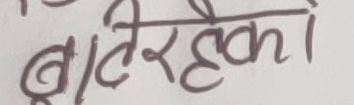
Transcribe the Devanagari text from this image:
बाटेररहेको